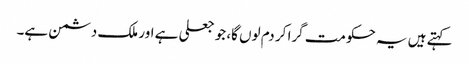
کہتے ہیں یہ حکومت گرا کر دم لوں گا، جو جعلی ہے اور ملک دشمن ہے۔